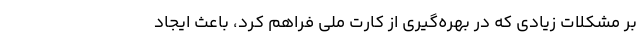
بر مشکلات زیادی که در بهره‌گیری از کارت ملی فراهم کرد، باعث ایجاد